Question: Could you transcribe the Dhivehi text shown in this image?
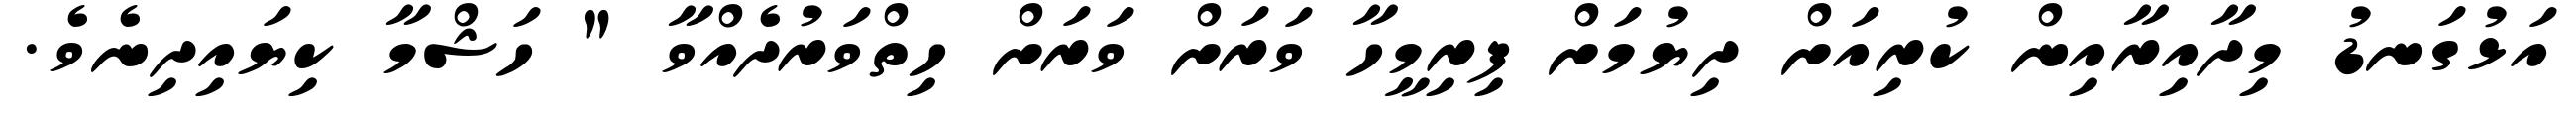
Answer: އަޅުގަނޑު މިދާއިރާއިން ކުރިއަށް ދިޔުމަށް ފިރިމީހާ ވަރަށް ވަރަށް ހިތްވަރުދެއްވާ " ހަޝްމާ ކިޔައިދިނެވެ.